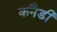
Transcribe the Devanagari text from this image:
कनैडी